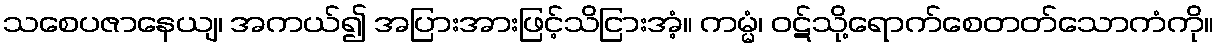
သစေပဇာနေယျ၊ အကယ်၍ အပြားအားဖြင့်သိငြားအံ့။ ကမ္မံ၊ ဝဋ်သို့ရောက်စေတတ်သောကံကို။